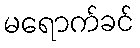
မရောက်ခင်